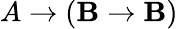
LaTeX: A\to(\mathbf{B}\to\mathbf{B})